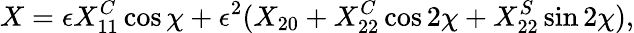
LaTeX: X=\epsilon X_{11}^{C}\cos\chi+\epsilon^{2}(X_{20}+X_{22}^{C}\cos 2\chi+X_{22}^{S}\sin 2\chi),